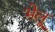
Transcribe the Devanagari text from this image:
भेलू